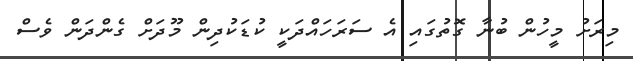
މިރަށު މީހުން ބުނާ ގޮތުގައި އެ ސަރަހައްދަކީ ކުޑަކުދިން މޫދަށް ގެންދަން ވެސް